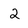
Character: 2